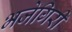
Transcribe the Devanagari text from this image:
भजेगिरी